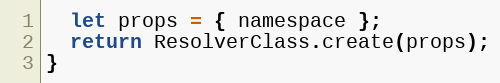
Language: JavaScript
  let props = { namespace };
  return ResolverClass.create(props);
}